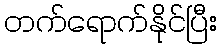
တက်ရောက်နိုင်ပြီး